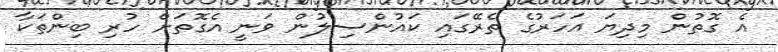
އެ ގޮތުން މިދިޔަ އަހަރުގެ ތެރޭގައި ކައުންސިލުން ވަނީ އެގޮތަށް ހުރި ބިންތަކާ